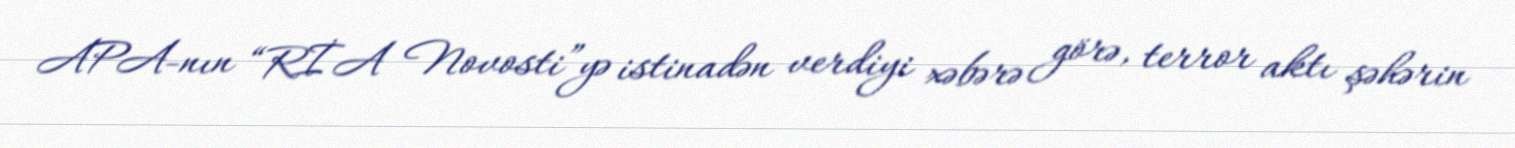
APA-nın “RİA Novosti”yə istinadən verdiyi xəbərə görə, terror aktı şəhərin